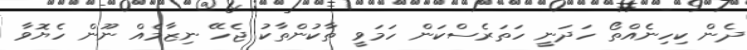
ދެން ކިހިނެއްތޯ ހަދަނީ ހަތަރެސްކަން ހަމަވީ ތާކުންތާކު ޖެހޭ ނިޒާމެއް ނޫން ހެޔޮވާ